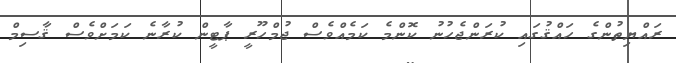
ރައްޔިތުންގެ ހައްޤުގައި ކުރަންޖެހުނު ކޮންމެ ކަމެއްވެސް ޖުމްހޫރީ ޕާޓީން ކުރާނެ ކަމަށްވެސް ޤާސިމް